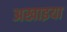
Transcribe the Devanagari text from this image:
अखाइया